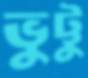
ভুট্টু